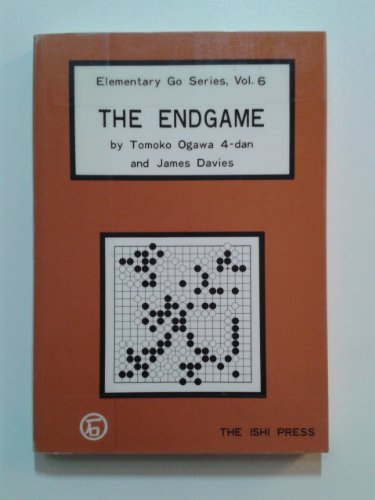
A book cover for The Endgame (Elementary Go Series, Vol 6); Tomoko Ogawa; Science Fiction & Fantasy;